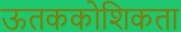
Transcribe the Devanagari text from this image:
ऊतककोशिकता